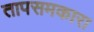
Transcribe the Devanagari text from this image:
तापसमकारा